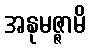
အနုမဇ္ဇာမိ